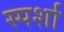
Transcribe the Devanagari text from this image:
स्पर्शा